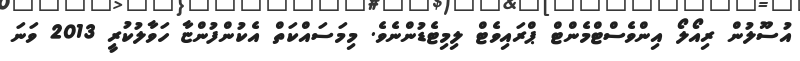
އުސޫލުން ރިއޯލޯ އިންވެސްޓްމެންޓް ޕްރައިވެޓް ލިމިޓެޑުންނެވެ. މިމަސައްކަތް އެކުންފުންޏާ ހަވާލުކުރީ 2013 ވަނަ